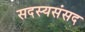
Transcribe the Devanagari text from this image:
सदस्यसंसद